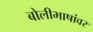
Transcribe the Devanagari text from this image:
बोलीभाषांवर